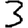
Digit: 3